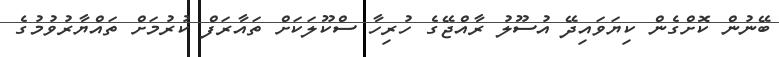
ބޭނުން ކޮށްގެން ކިޔަވައިދޭ އުސޫލު ރާއްޖޭގެ ހުރިހާ ސްކޫލަކަށް ތައާރަފް ކުރުމަށް ތައްޔާރުވުމުގެ